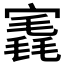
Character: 𡪣